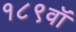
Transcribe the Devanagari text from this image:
१८९वॉ